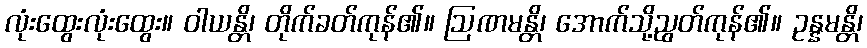
လုံးထွေးလုံးထွေး။ ဝါယန္တိ၊ တိုက်ခတ်ကုန်၏။ ဩဏမန္တိ၊ အောက်သို့ညွတ်ကုန်၏။ ဥန္နမန္တိ၊